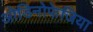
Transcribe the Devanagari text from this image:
ओडिनोफेजिया